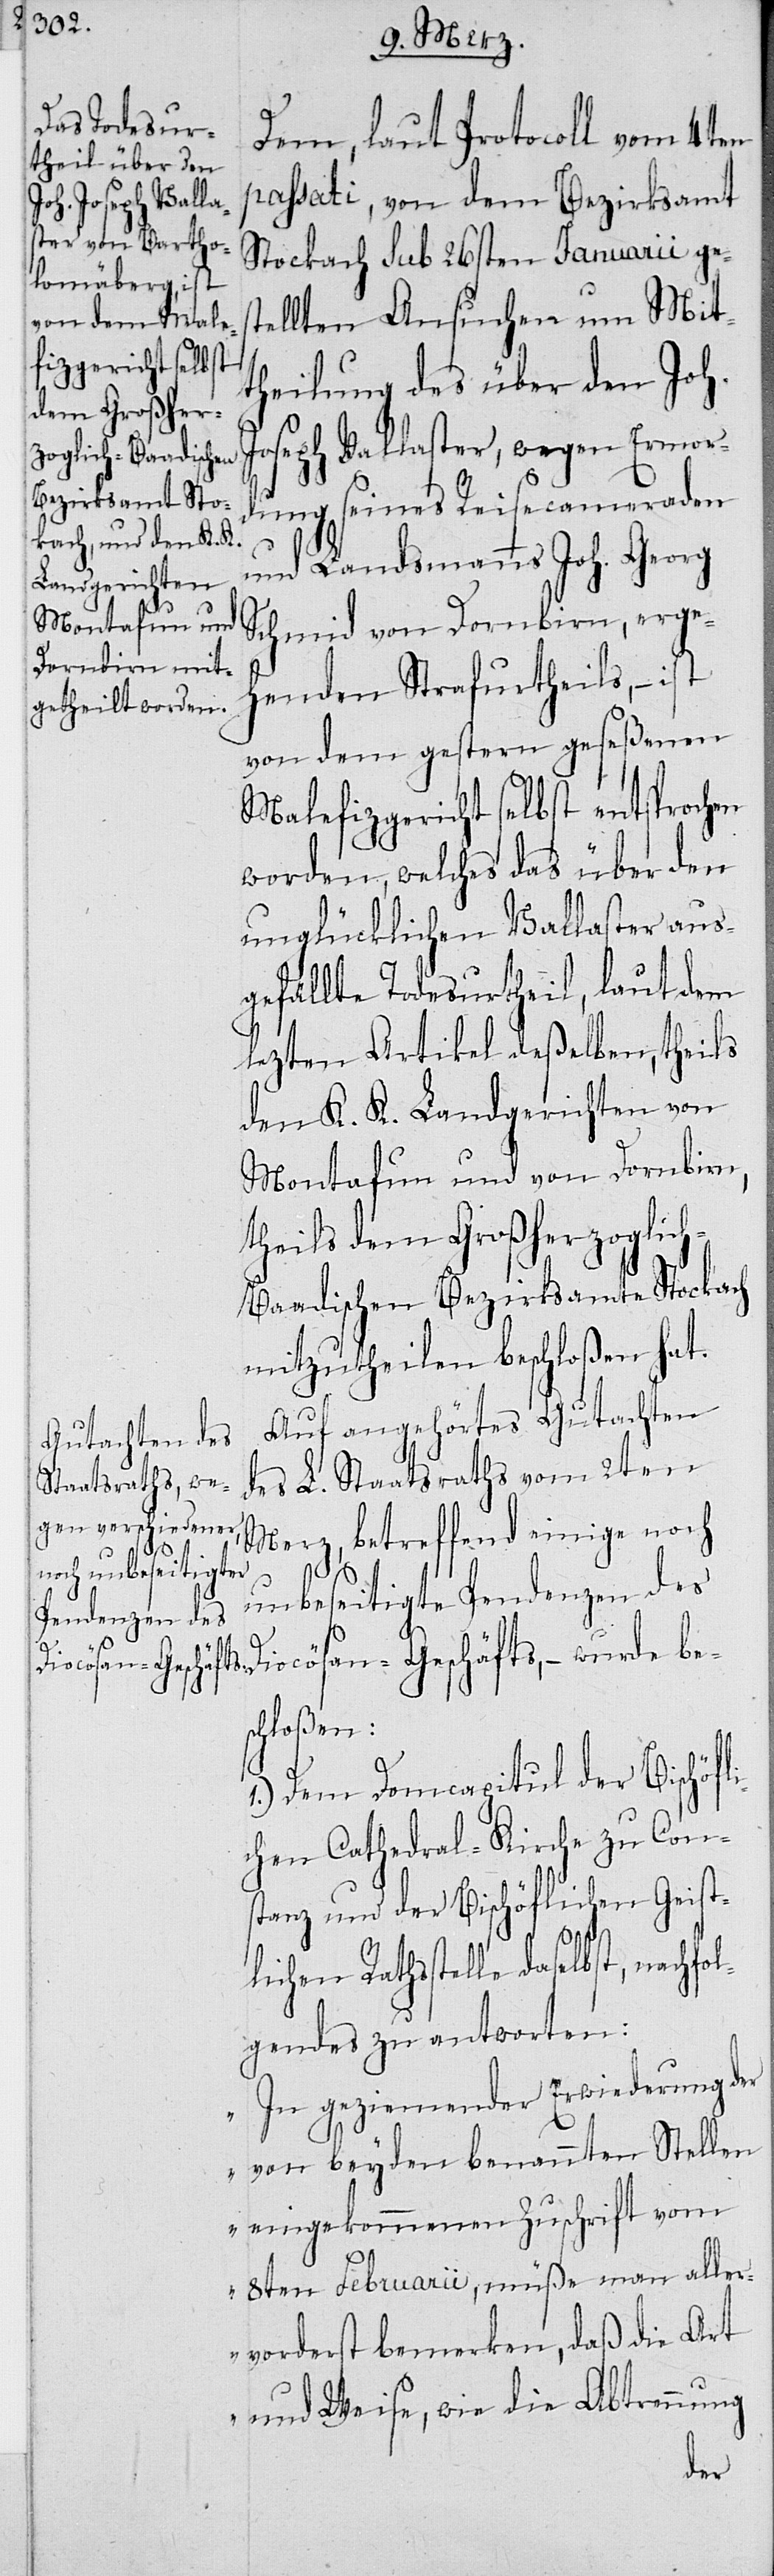
dem Protocoll vom 4ten
passati, von dem Bezirksamt
Stockach sub 26sten Januarii ges¬
tellten Ansuchen um Mit¬
theilung des über den Joh.
Joseph Vallaster, wegen Ermor¬
dung seines Reisecameraden
und Landsmanns Joh. Georg
Schmid von Dornbirn, erge¬
henden Strafurtheils, – ist
von dem gestern geseßenen
Malefizgericht selbst entsprochen
worden, welches das über den
unglücklichen Vallaster aus¬
gefällte Todesurtheil, laut dem
lezten Artikel deßelben, theils
den K. K. Landgerichten von
Montafun und von Dornbirn,
theils dem Großherzoglic¬
h-Baadischen Bezirksamte Stockach
mitzutheilen beschloßen hat.
Auf angehörtes Gutachten
des L. Staatsrathes vom 2ten
Merz, betreffend einige noch
unbeseitigte Pendenzen des
Diocösan-Geschäfts, – wurde bes¬
chloßen:
1.) Dem Domcapitul der Bischöfl¬
ichen Cathedral-Kirche zu Con¬
stanz und der Bischöflichen Geist¬
lichen Rathsstelle daselbst, nachfo¬
lgendes zu antworten:
„In geziemender Erwiederung der
von beyden benannten Stellen
eingekommenen Zuschrift vom
8ten Februarii, müße man aller¬
vorderst bemerken, daß die Art
und Weise, wie die Abtrennung